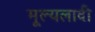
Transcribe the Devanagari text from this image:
मूल्यलादी